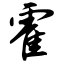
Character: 霍